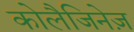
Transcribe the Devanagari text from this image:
कोलैजिनेज़